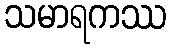
သမာရကဿ